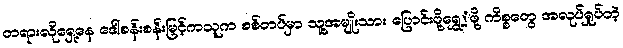
တရားလိုရှေ့နေ ဒေါ်စန်းစန်းမြင့်ကသူက စစ်တပ်မှာ သူ့အမျိုးသား ပြောင်းဖို့ရွှေ့့ဖို့ ကိစ္စတွေ အလုပ်ရှုပ်တဲ့